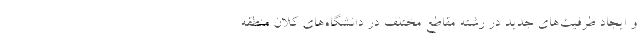
و ایجاد ظرفیت‌های جدید در رشته مقاطع مختلف در دانشگاه‌های کلان منطقه